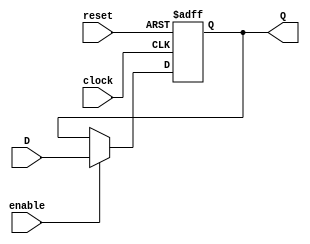
module DFF_1 (output reg [127:0] Q, input [127:0] D, input enable, clock, reset);
	always @(posedge clock, posedge reset) begin
		if (reset)
			Q <= 128'd0;
		else if (enable)
			Q <= D;
	end
endmodule